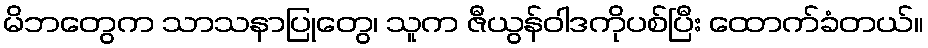
မိဘတွေက သာသနာပြုတွေ၊ သူက ဇီယွန်ဝါဒကိုပစ်ပြီး ထောက်ခံတယ်။